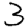
Digit: 3